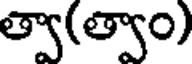
త్వా(త్వాం)